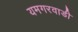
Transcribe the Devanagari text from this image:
यमगरवाडी